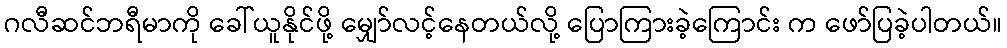
ဂလီဆင်ဘရီမာကို ခေါ်ယူနိုင်ဖို့ မျှော်လင့်နေတယ်လို့ ပြောကြားခဲ့ကြောင်း က ဖော်ပြခဲ့ပါတယ်။